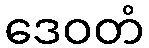
ဒေဝတံ